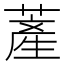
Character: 𦸰